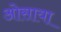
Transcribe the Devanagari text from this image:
ओसाया